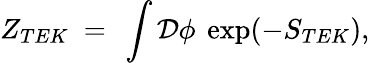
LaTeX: Z_{TEK}\ =\ \int\mathcal{D}\phi\ \exp(-S_{TEK}),